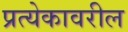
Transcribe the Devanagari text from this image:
प्रत्येकावरील